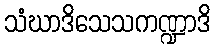
သံဃာဒိသေသကဏ္ဍာဒိ